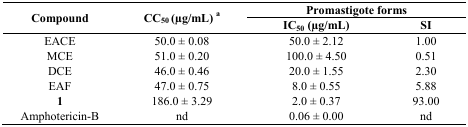
<table><thead><tr><td rowspan="3"><b>Compound</b></td><td rowspan="3"><b>CC<sub>50</sub> (μg/mL) a</b></td><td colspan="2"><b>Promastigote forms</b></td></tr><tr><td><b>IC<sub>50</sub> (μg/mL)</b></td><td><b>SI</b></td></tr></thead><tbody><tr><td>EACE</td><td>50.0 ± 0.08</td><td>50.0 ± 2.12</td><td>1.00</td></tr><tr><td>MCE</td><td>51.0 ± 0.20</td><td>100.0 ± 4.50</td><td>0.51</td></tr><tr><td>DCE</td><td>46.0 ± 0.46</td><td>20.0 ± 1.55</td><td>2.30</td></tr><tr><td>EAF</td><td>47.0 ± 0.75</td><td>8.0 ± 0.55</td><td>5.88</td></tr><tr><td><b>1</b></td><td>186.0 ± 3.29</td><td>2.0 ± 0.37</td><td>93.00</td></tr><tr><td>Amphotericin-B</td><td>nd</td><td>0.06 ± 0.00</td><td>nd</td></tr></tbody></table>